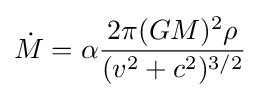
{\dot {M}}=\alpha {\frac {2\pi (GM)^{2}\rho }{(v^{2}+c^{2})^{3/2}}}